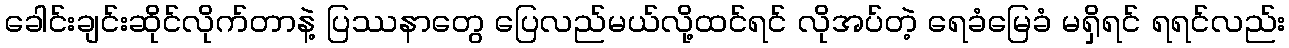
ခေါင်းချင်းဆိုင်လိုက်တာနဲ့ ပြဿနာတွေ ပြေလည်မယ်လို့ထင်ရင် လိုအပ်တဲ့ ရေခံမြေခံ မရှိရင် ရရင်လည်း